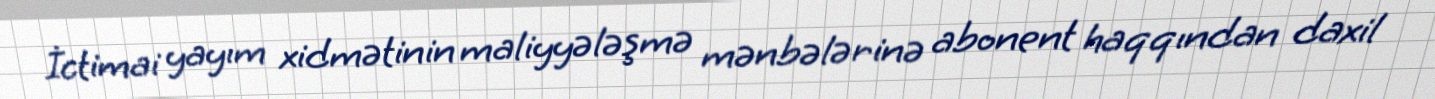
İctimai yayım xidmətinin maliyyələşmə mənbələrinə abonent haqqından daxil